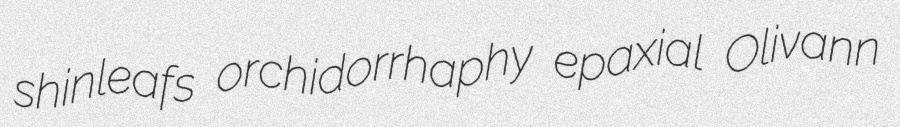
shinleafs orchidorrhaphy epaxial Olivann